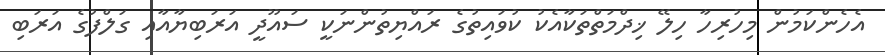
އެހެންކަމުން މިހުރިހާ ހިލޭ ޚިދްމަތްތަކާއެކު ކުވައިތުގެ ރައްޔިތުންނަކީ ސައޫދީ އަރަބިޔާއާއި ގަލްފުގެ އަރަބި